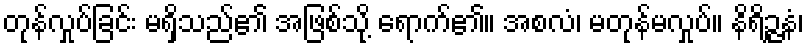
တုန်လှုပ်ခြင်း မရှိသည်၏ အဖြစ်သို့ ရောက်၏။ အစလံ၊ မတုန်မလှုပ်။ နိရိဉ္ဇနံ၊